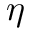
\boldsymbol { \eta }